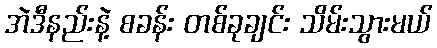
အဲဒီနည်းနဲ့ စခန်း တစ်ခုချင်း သိမ်းသွားမယ်